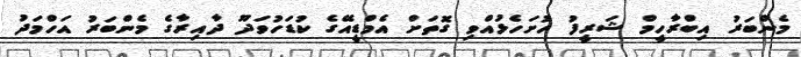
މެންބަރު އިބްރާހީމް ޝަރީފު ހުށަހެޅުއްވި ގޮތަށް އެމްޑީއޭގެ ކުޑަހުވަދޫ ދާއިރާގެ މެންބަރު އަހްމަދު